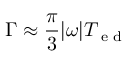
\Gamma \approx \frac { \pi } { 3 } \lvert \boldsymbol { \omega } \rvert T _ { \textrm { e d } }